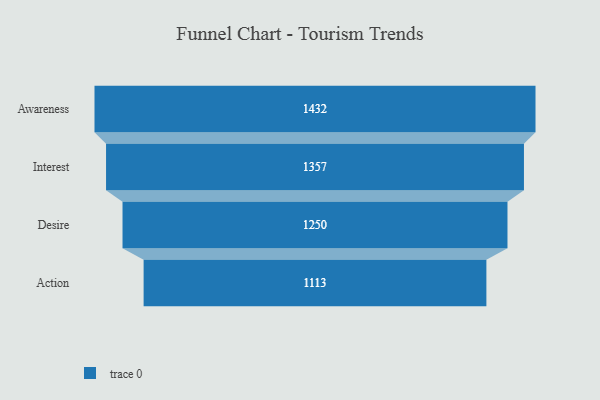
{"axis": {"x": "Stage", "y": "Value"}, "legend": [""], "data": [{"x": "Awareness", "y": 1432.0, "type": ""}, {"x": "Interest", "y": 1357.0, "type": ""}, {"x": "Desire", "y": 1250.0, "type": ""}, {"x": "Action", "y": 1113.0, "type": ""}]}